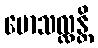
မောသလ္လန္တိ